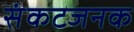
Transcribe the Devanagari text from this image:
संकटजनक